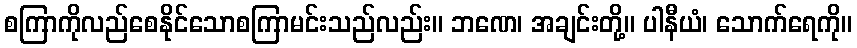
စကြာကိုလည်စေနိုင်သောစကြာမင်းသည်လည်း။ ဘဏေ၊ အချင်းတို့။ ပါနီယံ၊ သောက်ရေကို။